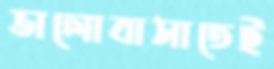
ভালোবাসাতেই